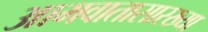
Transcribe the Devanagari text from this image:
आमवातासारख्या